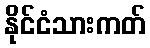
နိုင်ငံသားကတ်